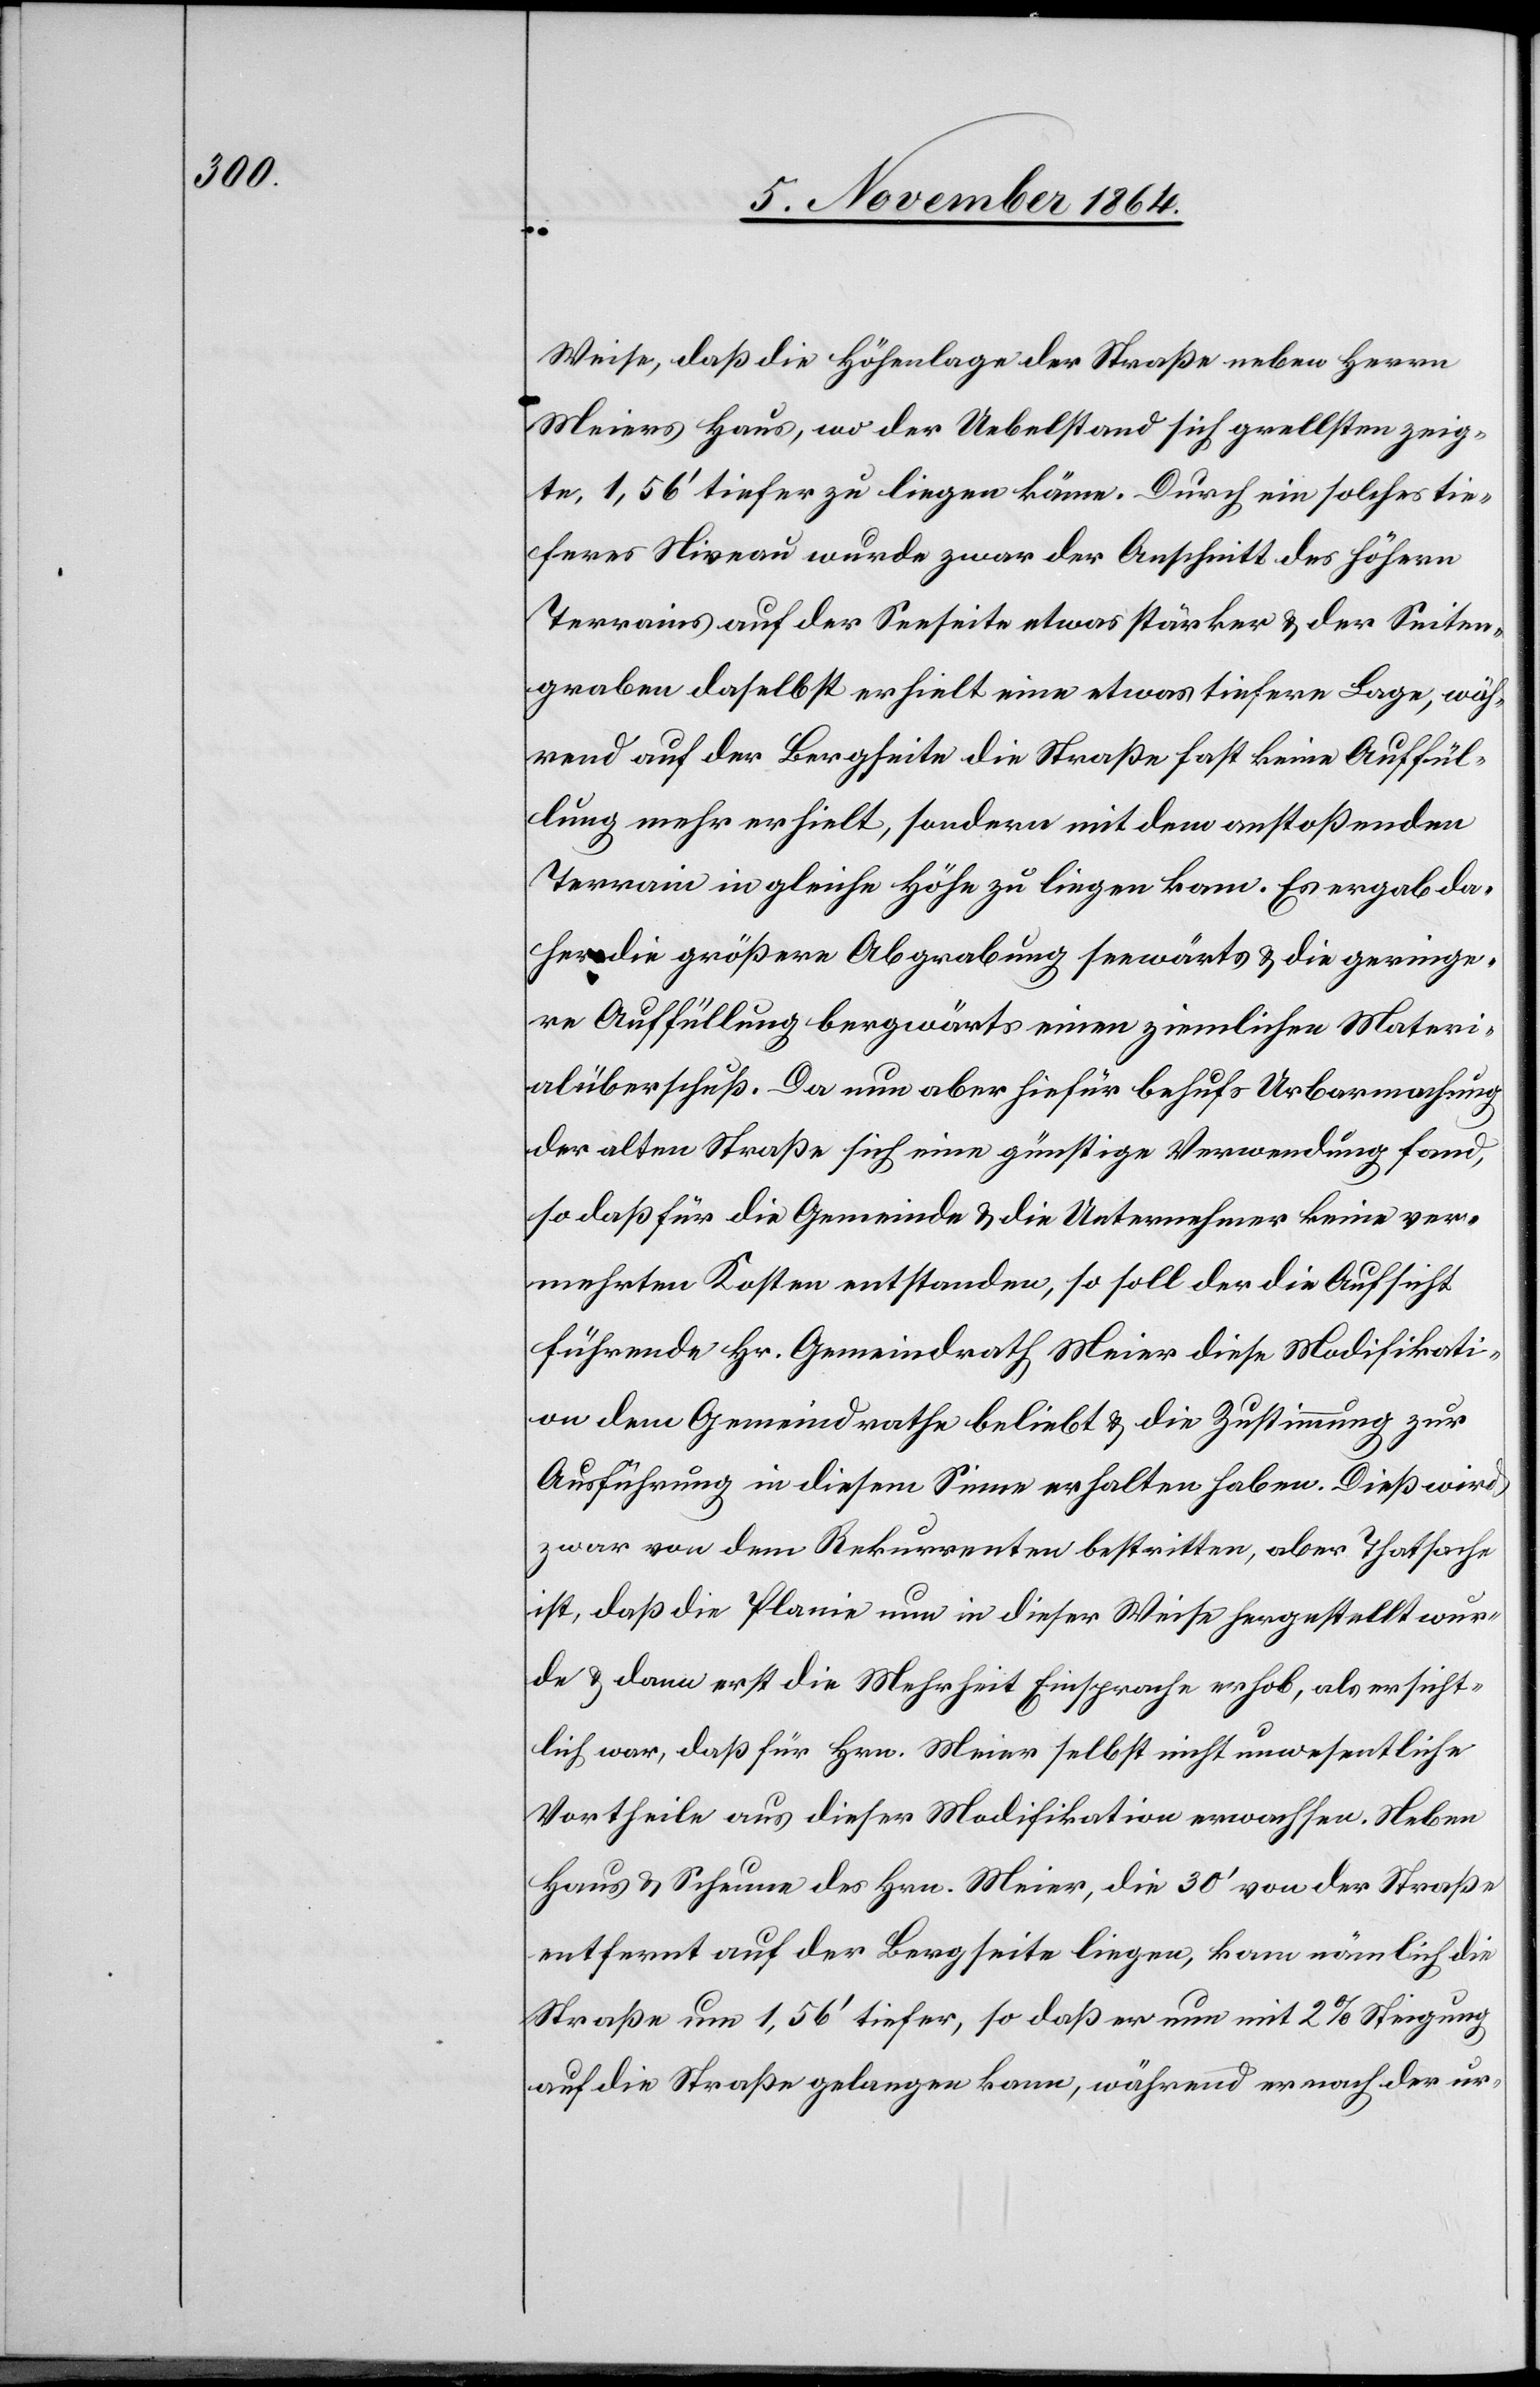
Weise, daß die Höhenlage der Straße neben Herrn
Meiers Haus, wo der Uebelstand sich [am] grellsten zeig¬
te, 1,56’ tiefer zu liegen käme. Durch ein solches tie¬
feres Niveau wurde zwar der Anschnitt des höhern
Terrains auf der Seeseite etwas stärker & der Seiten¬
graben daselbst erhielt eine etwas tiefere Lage, wäh¬
rend auf der Bergseite die Straße fast keine Auffül¬
lung mehr erhielt, sondern mit dem anstoßenden
Terrain in gleiche Höhe zu liegen kam. Es ergab da¬
her die größere Abgrabung seewärts & die geringe¬
re Auffüllung bergwärts einen ziemlichen Materi¬
alüberfluß. Da nun aber hiefür behufs Urbarmachung
der alten Straße sich eine günstige Verwendung fand,
so daß für die Gemeinde & die Unternehmer keine ver¬
mehrten Kosten entstanden, so soll der die Aufsicht
führende Hr. Gemeindrath Meier diese Modifikati¬
on dem Gemeindrathe beliebt & die Zustimmung zur
Ausführung in diesem Sinne erhalten haben. Dieß wird
zwar von dem Rekurrenten bestritten, aber Thatsache
ist, daß die Planie nun in dieser Weise hergestellt wur¬
de & dann erst die Mehrheit Einsprache erhob, als ersicht¬
lich war, daß für Hrn. Meier selbst nicht unwesentliche
Vortheile aus dieser Modifikation erwachsen. Neben
Haus & Scheune des Hrn. Meier, die 30’ von der Straße
entfernt auf der Bergseite liege, kam nämlich die
Straße um 1,56’ tiefer, so daß er nun mit 2% Steigung
auf die Straße gelangen kann, während er nach der ur-